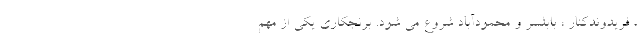
، فریدوندکنار ، بابلسر و محمودآباد شروع می شود. برنجکاری یکی از مهم